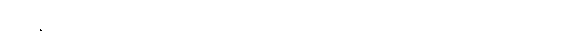
စပိန်လာလီဂါကလပ်(၂)သင်း၊ အီတလီစီရီးအေကလပ်(၂)သင်း၊